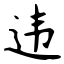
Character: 违